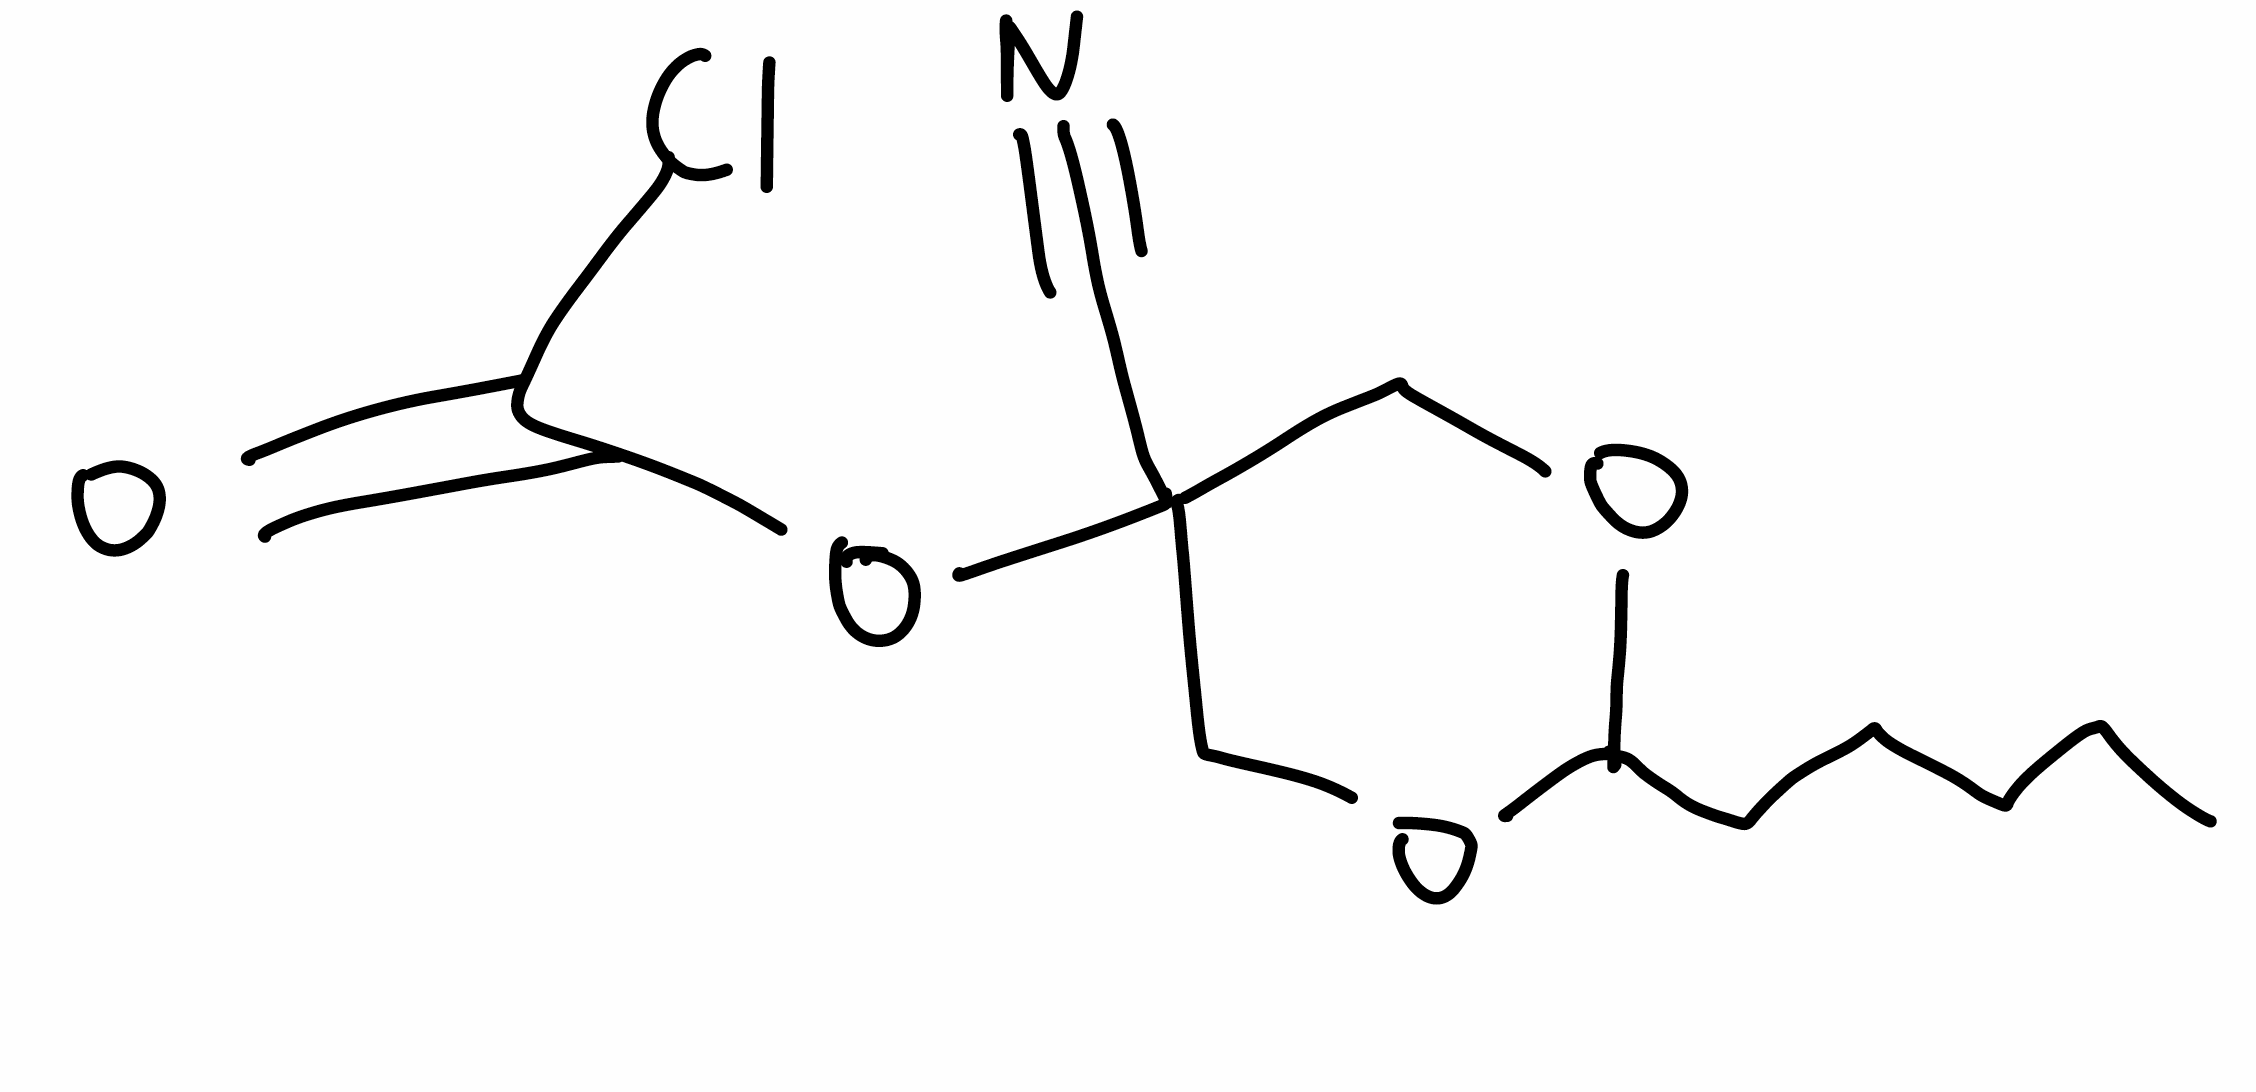
Simplified molecular-input line-entry system (SMILES) notation of the given molecule:
CCCCCC1OCC(CO1)(C#N)OC(=O)Cl